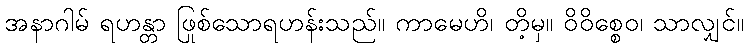
အနာဂါမ် ရဟန္တာ ဖြစ်သောရဟန်းသည်။ ကာမေဟိ၊ တို့မှ။ ဝိဝိစ္စေဝ၊ သာလျှင်။